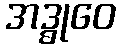
အဒ္ဓုဝေ